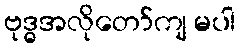
ဗုဒ္ဓအလိုတော်ကျ မပါ